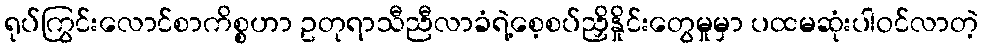
ရုပ်ကြွင်းလောင်စာကိစ္စဟာ ဥတုရာသီညီလာခံရဲ့စေ့စပ်ညှိနှိုင်းတွေမှုမှာ ပထမဆုံးပါဝင်လာတဲ့